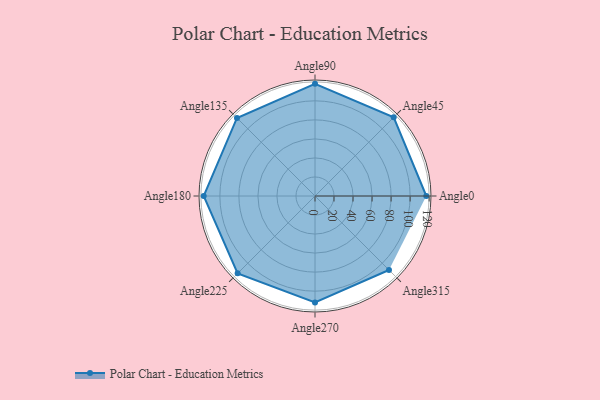
{"axis": {"x": "Angle", "y": "Radius"}, "legend": [""], "data": [{"x": "Angle0", "y": 117.0, "type": ""}, {"x": "Angle45", "y": 117.0, "type": ""}, {"x": "Angle90", "y": 118.0, "type": ""}, {"x": "Angle135", "y": 116.0, "type": ""}, {"x": "Angle180", "y": 117.0, "type": ""}, {"x": "Angle225", "y": 115.0, "type": ""}, {"x": "Angle270", "y": 112.0, "type": ""}, {"x": "Angle315", "y": 110.0, "type": ""}]}